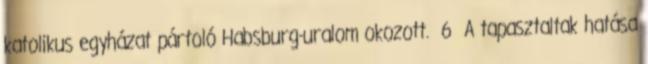
katolikus egyházat pártoló Habsburg-uralom okozott. 6 A tapasztaltak hatása